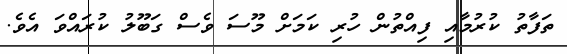
ތަފާތު ކުރުމާއި ފިއްތުން ހުރި ކަމަށް މޫސަ ވެސް ގަބޫލު ކުރައްވަ އެވެ.